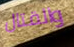
والقتال